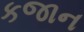
કજાન